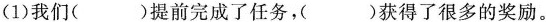
(1)我们( )提前完成了任务，( )获得了很多的奖励。